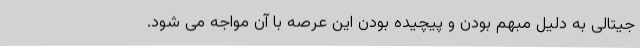
جیتالی به دلیل مبهم بودن و پیچیده بودن این عرصه با آن مواجه می شود.